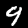
Label: 9